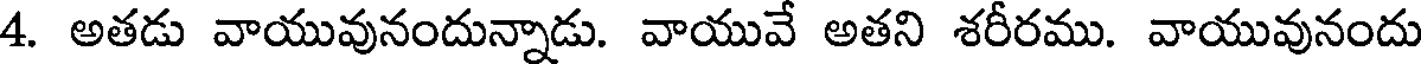
4. అతడు వాయువునందున్నాడు. వాయువే అతని శరీరము. వాయువునందు